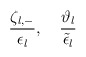
\begin{align*}\frac{\zeta_{l,-}}{\epsilon_l}, \quad \frac{\vartheta_l}{\tilde{\epsilon}_l}\end{align*}